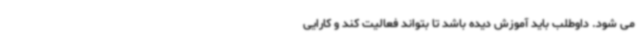
می شود. داوطلب باید آموزش دیده باشد تا بتواند فعالیت کند و کارایی